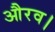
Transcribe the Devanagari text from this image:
औरव।